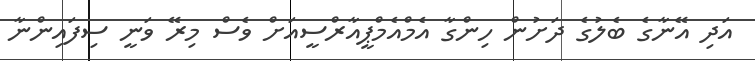
އަދި އޭނާގެ ބެލުުގެ ދަށުން ހިންގާ އެމްއެމްޕީއާރްސީއަށް ވެސް މިރޭ ވަނީ ސިފައިންނާ